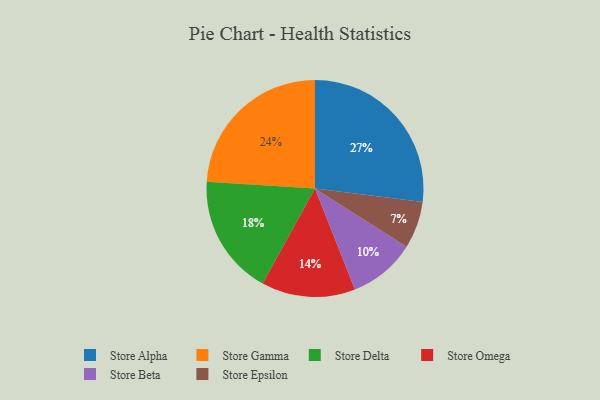
{"axis": {"x": "Category", "y": "Percentage"}, "legend": ["Store Alpha", "Store Beta", "Store Delta", "Store Epsilon", "Store Gamma", "Store Omega"], "data": [{"x": "Store Alpha", "y": 27, "type": "Store Alpha"}, {"x": "Store Gamma", "y": 24, "type": "Store Gamma"}, {"x": "Store Beta", "y": 10, "type": "Store Beta"}, {"x": "Store Epsilon", "y": 7, "type": "Store Epsilon"}, {"x": "Store Omega", "y": 14, "type": "Store Omega"}, {"x": "Store Delta", "y": 18, "type": "Store Delta"}]}